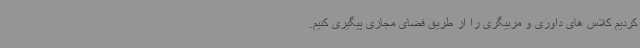
کردیم کلاس های داوری و مربیگری را از طریق فضای مجازی پیگیری کنیم.